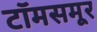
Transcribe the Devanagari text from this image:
टॉमसमूर